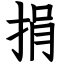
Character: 捐